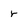
Character: r